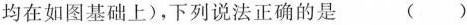
均在如图基础上)，下列说法正确的是 ( )